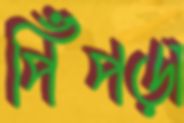
পিঁপড়া